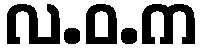
လ.ဝ.က